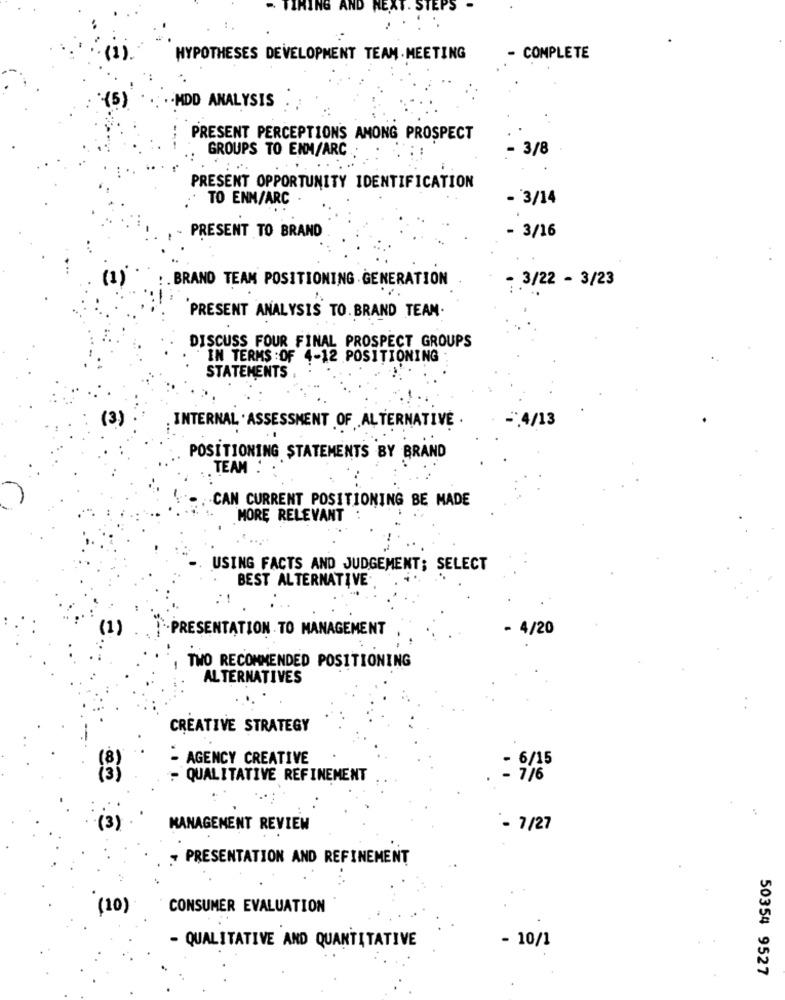
. TIMING AN
NEXT. ST
1.
HYPOTHESES DEVELOPMENT TEAM. MEETING
- COMPLETE
. . HDD ANALYSIS
PRESENT PERCEPTIONS AMONG PROSPECT
GROUPS TO ENM/ARC
- 3/8
PRESENT OPPORTUNITY IDENTIFICATION
TO ENM/ARC
- 3/14
3/16
PRESENT TO BRAND
.BRAND TEAM POSITIONING GENERATION
- 3/22 - 3/23
PRESENT ANALYSIS TO. BRAND TEAM.
DISCUSS FOUR FINAL PROSPECT GROUPS
IN TERMS : OF 4-12 POSITIONING
STATEMENTS
(3)
- 4/13
INTERNAL . ASSESSMENT OF ALTERNATIVE .
POSITIONING STATEMENTS BY BRAND
TEAM !
CAN CURRENT POSITIONING BE MADE
MORE RELEVANT
USING FACTS AND JUDGEMENT; SELECT
BEST ALTERNATIVE.
(1)
·· PRESENTATION TO MANAGEMENT
- 4/20
TWO RECOMMENDED POSITIONING
ALTERNATIVES
CREATIVE STRATEGY
- AGENCY CREATIVE
- 6/15
- QUALITATIVE REFINEMENT
- 7/6
MANAGEMENT REVIEW
- 7/27
PRESENTATION AND REFINEMENT
( 10)
CONSUMER EVALUATION
- 10/1
- QUALITATIVE AND QUANTITATIVE
50354 9527